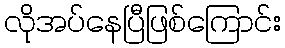
လိုအပ်နေပြီဖြစ်ကြောင်း